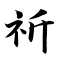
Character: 祈